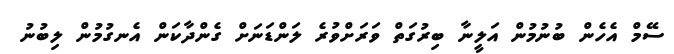
ސޭމް އެހެން ބުނުމުން އަލީނާ ބިރުގަތް ވަރަށްވުރެ ލަންޑަނަށް ގެންދާކަން އެނގުމުން ލިބުނު